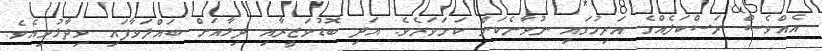
އެއްވެސް ރަސްކަލެއްގެ އަރިހުގައި ނުވާނެކަން ކަށަވަރެވެ. އަދި ބޮޑުވަޒީރާއި ދިމާއަށް ބައްލަވާފައި ވިދާޅުވިއެވެ.